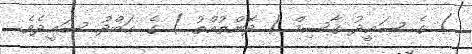
) ގެ ސަޢީދު ޤާސިމް ( ދޮންތުއްތު ) ގެ ޢަބްދު ސަޢީދެވެ.